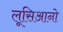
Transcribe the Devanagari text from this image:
लूसिआनो